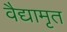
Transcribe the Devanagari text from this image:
वैद्यामृत